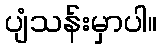
ပျံသန်းမှာပါ။